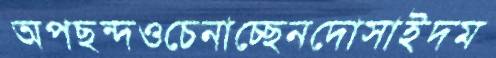
অপছন্দওচেনাচ্ছেনদোসাইদম